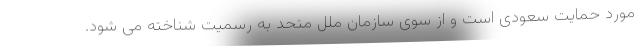
مورد حمایت سعودی است و از سوی سازمان ملل متحد به رسمیت شناخته می شود.